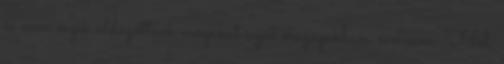
és nem érzik üldözöttnek magukat saját országukban. samsem: "Hol,